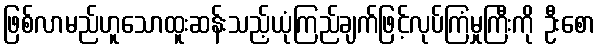
ဖြစ်လာမည်ဟူသောထူးဆန်းသည့်ယုံကြည်ချက်ဖြင့်လုပ်ကြံမှုကြီးကို ဦးစော